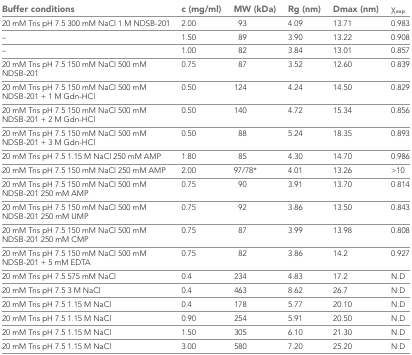
<table><thead><tr><td><b>Buffer conditions</b></td><td><b>c (mg/ml)</b></td><td><b>MW (kDa)</b></td><td><b>Rg (nm)</b></td><td><b>Dmax (nm)</b></td><td><b>χ<sub>exp</sub></b></td></tr></thead><tbody><tr><td>20 mM Tris pH 7.5 300 mM NaCl 1 M NDSB-201</td><td>2.00</td><td>93</td><td>4.09</td><td>13.71</td><td>0.983</td></tr><tr><td>–</td><td>1.50</td><td>89</td><td>3.90</td><td>13.22</td><td>0.908</td></tr><tr><td>–</td><td>1.00</td><td>82</td><td>3.84</td><td>13.01</td><td>0.857</td></tr><tr><td>20 mM Tris pH 7.5 150 mM NaCl 500 mM NDSB-201</td><td>0.75</td><td>87</td><td>3.52</td><td>12.60</td><td>0.839</td></tr><tr><td>20 mM Tris pH 7.5 150 mM NaCl 500 mM NDSB-201 + 1 M Gdn-HCl</td><td>0.50</td><td>124</td><td>4.24</td><td>14.50</td><td>0.829</td></tr><tr><td>20 mM Tris pH 7.5 150 mM NaCl 500 mM NDSB-201 + 2 M Gdn-HCl</td><td>0.50</td><td>140</td><td>4.72</td><td>15.34</td><td>0.856</td></tr><tr><td>20 mM Tris pH 7.5 150 mM NaCl 500 mM NDSB-201 + 3 M Gdn-HCl</td><td>0.50</td><td>88</td><td>5.24</td><td>18.35</td><td>0.893</td></tr><tr><td>20 mM Tris pH 7.5 1.15 M NaCl 250 mM AMP</td><td>1.80</td><td>85</td><td>4.30</td><td>14.70</td><td>0.986</td></tr><tr><td>20 mM Tris pH 7.5 150 mM NaCl 250 mM AMP</td><td>2.00</td><td>97/78*</td><td>4.01</td><td>13.26</td><td>&gt;10</td></tr><tr><td>20 mM Tris pH 7.5 150 mM NaCl 500 mM NDSB-201 250 mM AMP</td><td>0.75</td><td>90</td><td>3.91</td><td>13.70</td><td>0.814</td></tr><tr><td>20 mM Tris pH 7.5 150 mM NaCl 500 mM NDSB-201 250 mM UMP</td><td>0.75</td><td>92</td><td>3.86</td><td>13.50</td><td>0.843</td></tr><tr><td>20 mM Tris pH 7.5 150 mM NaCl 500 mM NDSB-201 250 mM CMP</td><td>0.75</td><td>87</td><td>3.99</td><td>13.98</td><td>0.808</td></tr><tr><td>20 mM Tris pH 7.5 150 mM NaCl 500 mM NDSB-201 + 5 mM EDTA</td><td>0.75</td><td>82</td><td>3.86</td><td>14.2</td><td>0.927</td></tr><tr><td>20 mM Tris pH 7.5 575 mM NaCl</td><td>0.4</td><td>234</td><td>4.83</td><td>17.2</td><td>N.D</td></tr><tr><td>20 mM Tris pH 7.5 3 M NaCl</td><td>0.4</td><td>463</td><td>8.62</td><td>26.7</td><td>N.D</td></tr><tr><td>20 mM Tris pH 7.5 1.15 M NaCl</td><td>0.4</td><td>178</td><td>5.77</td><td>20.10</td><td>N.D</td></tr><tr><td>20 mM Tris pH 7.5 1.15 M NaCl</td><td>0.90</td><td>254</td><td>5.91</td><td>20.50</td><td>N.D</td></tr><tr><td>20 mM Tris pH 7.5 1.15 M NaCl</td><td>1.50</td><td>305</td><td>6.10</td><td>21.30</td><td>N.D</td></tr><tr><td>20 mM Tris pH 7.5 1.15 M NaCl</td><td>3.00</td><td>580</td><td>7.20</td><td>25.20</td><td>N.D</td></tr></tbody></table>